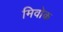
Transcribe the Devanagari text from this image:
मिवोक